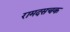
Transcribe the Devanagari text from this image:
रामदसचक